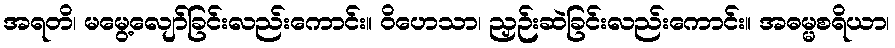
အရတိ၊ မမွေ့လျော်ခြင်းလည်းကောင်း။ ဝိဟေသာ၊ ညှဉ်းဆဲခြင်းလည်းကောင်း။ အဓမ္မစရိယာ၊